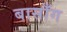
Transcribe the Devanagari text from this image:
बासाँग